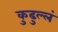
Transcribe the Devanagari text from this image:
कुढुल्लं